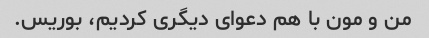
من و مون با هم دعوای دیگری کردیم، بوریس.